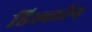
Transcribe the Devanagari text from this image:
डिल्लॉन